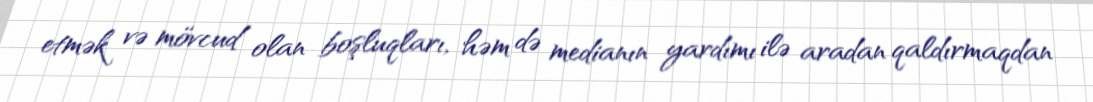
etmək və mövcud olan boşluqları, həm də medianın yardımı ilə aradan qaldırmaqdan